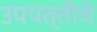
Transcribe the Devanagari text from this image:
उपपत्तीचे